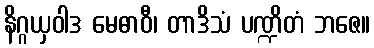
နိဂ္ဂယှဝါဒ မေဓာဝီ၊ တာဒိသံ ပဏ္ဍိတံ ဘဇေ။